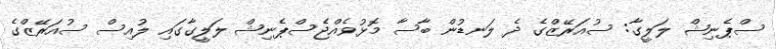
ސްޕެނިޝް ލަލީގާ: ސުއަރޭޒްގެ ދެ ލަނޑުން ބާސާ މޮޅުވެއްޖެސްޕެނިޝް ލަލީގާގައި ލުއިސް ސުއަރޭޒްގެ